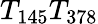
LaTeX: T_{145}T_{378}